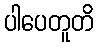
ပါပေတူတိ